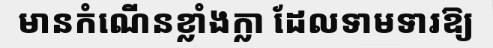
មានកំណើនខ្លាំងក្លា ដែលទាមទារឱ្យ